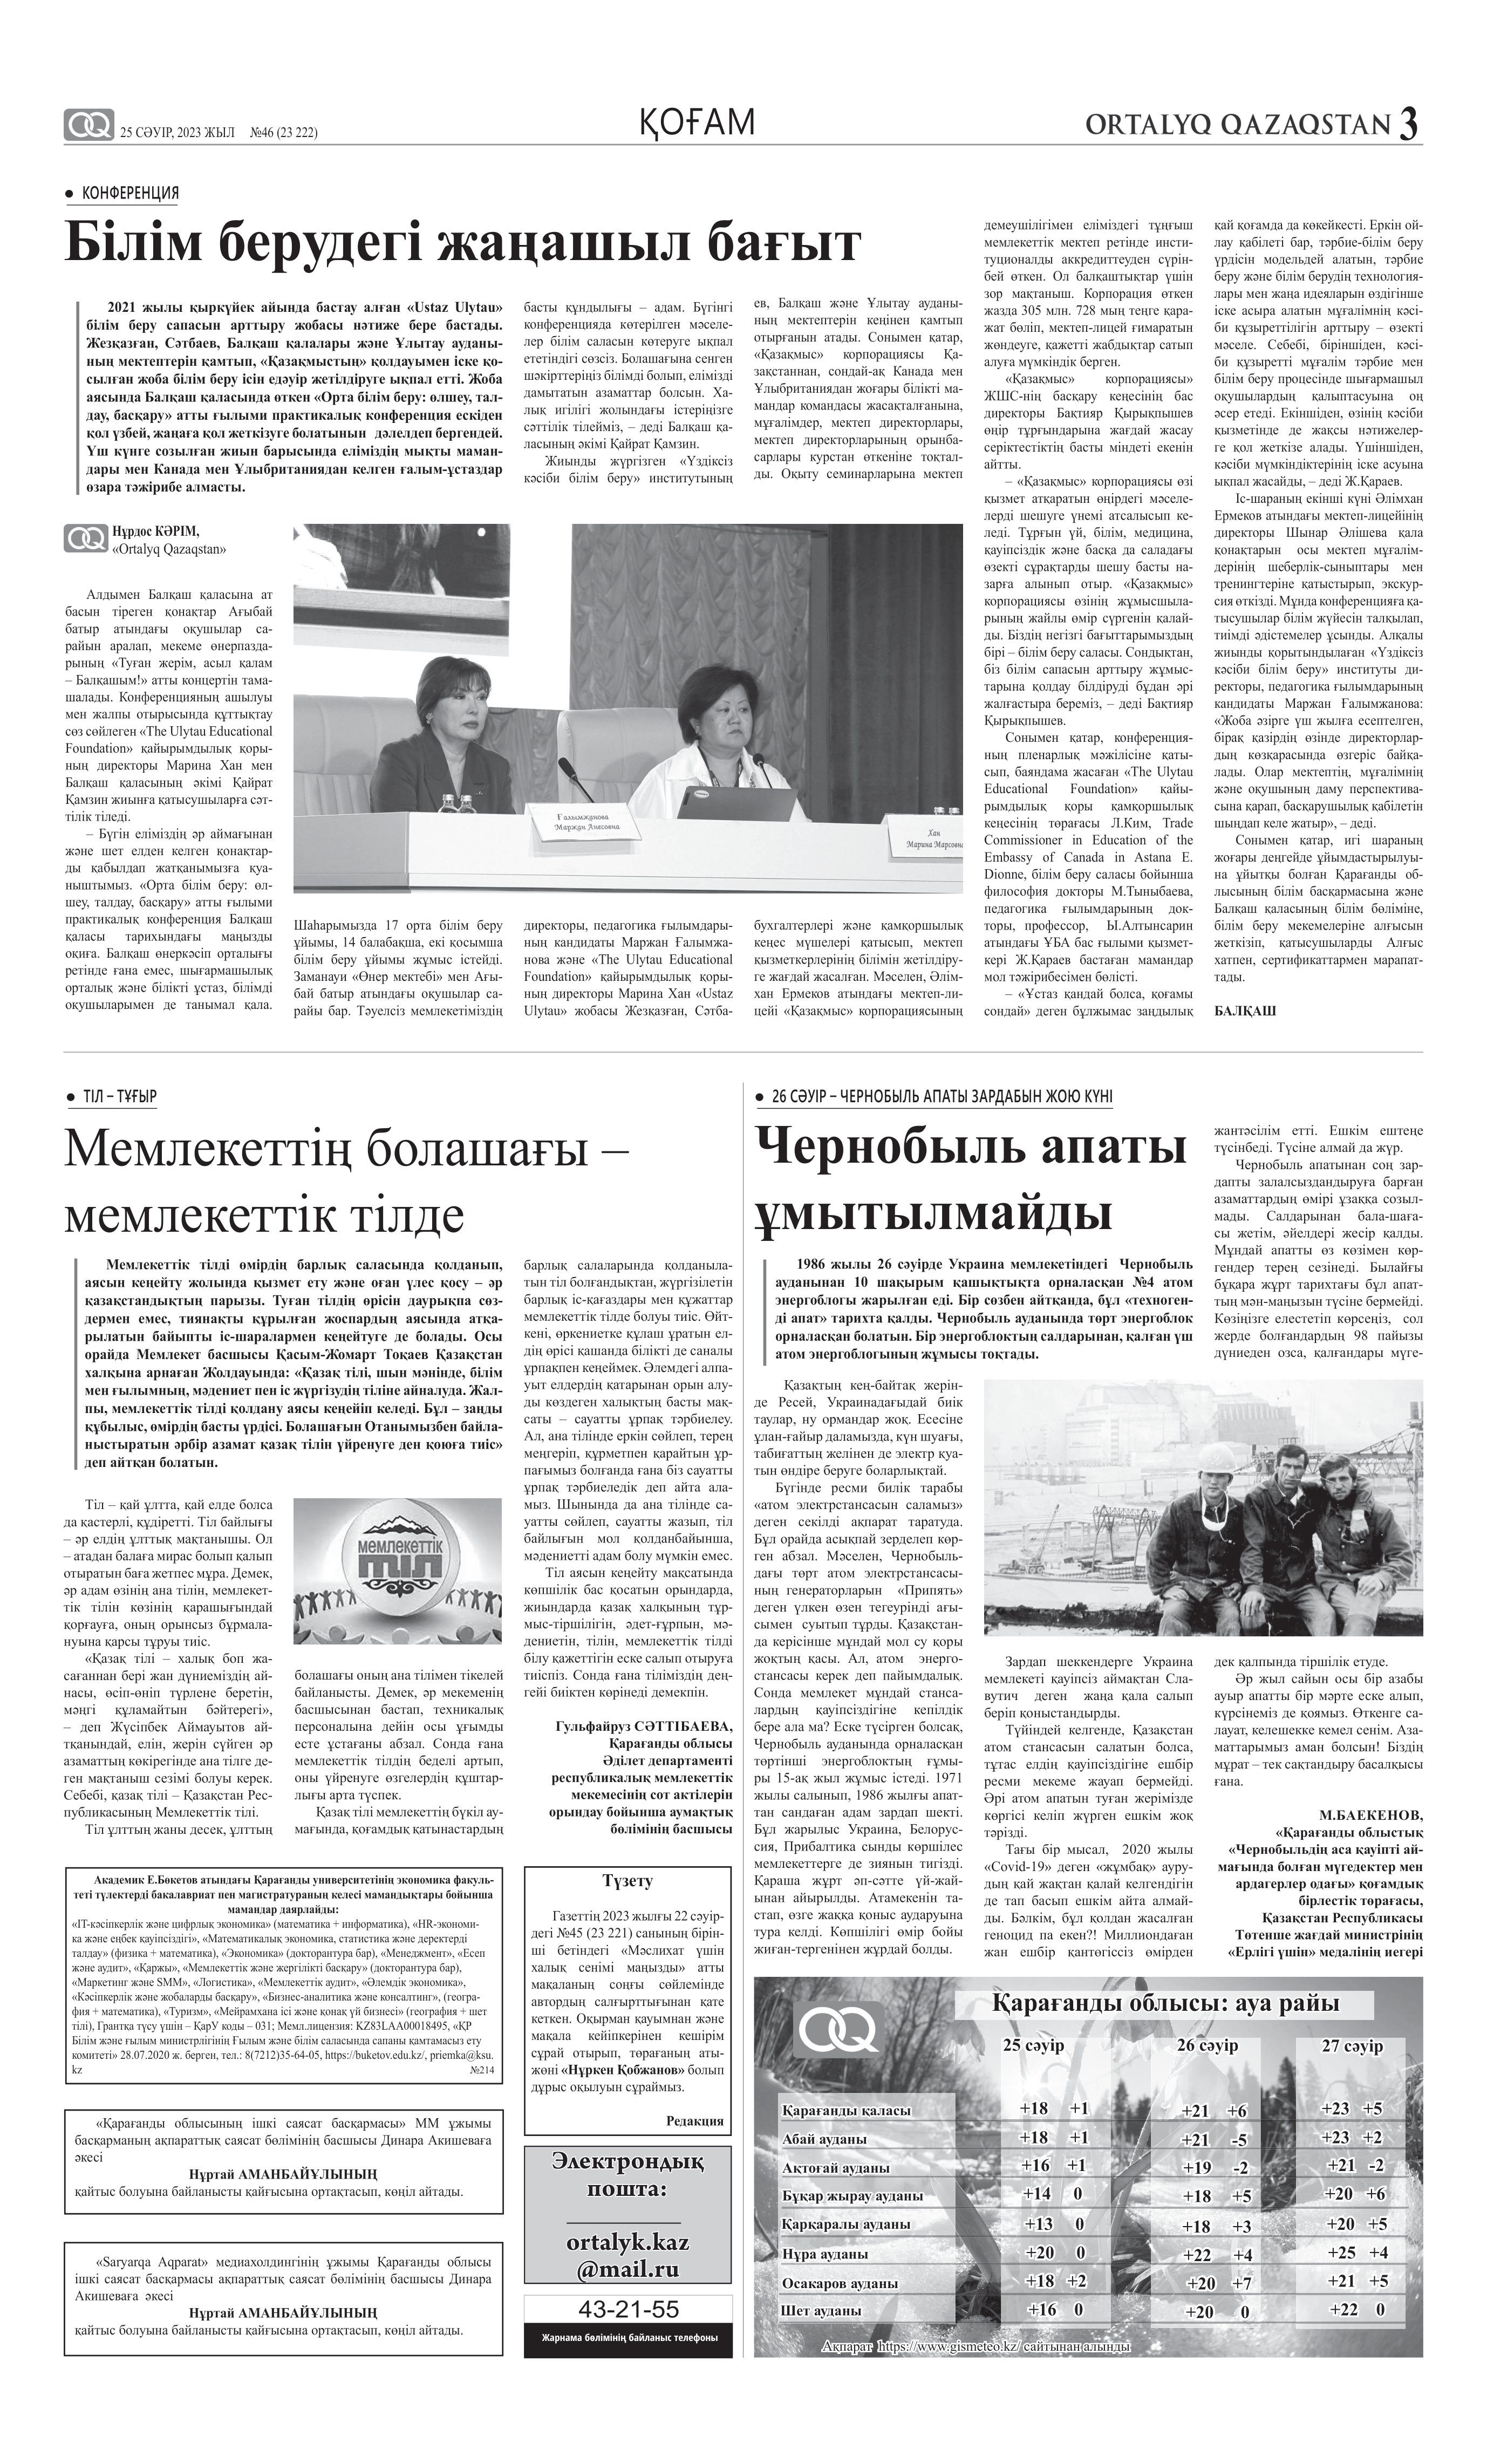
Language: kk